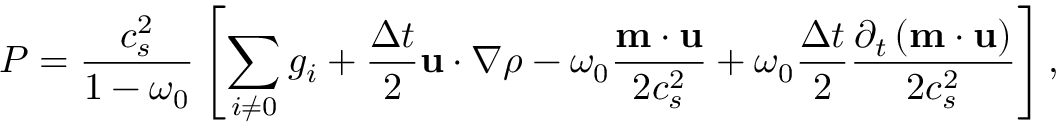
P = \frac { c _ { s } ^ { 2 } } { 1 - \omega _ { 0 } } \left[ \sum _ { i \neq 0 } g _ { i } + \frac { \Delta t } { 2 } \mathbf { u } \cdot \nabla \rho - \omega _ { 0 } \frac { \mathbf { m } \cdot \mathbf { u } } { 2 c _ { s } ^ { 2 } } + \omega _ { 0 } \frac { \Delta t } { 2 } \frac { \partial _ { t } \left( \mathbf { m } \cdot \mathbf { u } \right) } { 2 c _ { s } ^ { 2 } } \right] ,